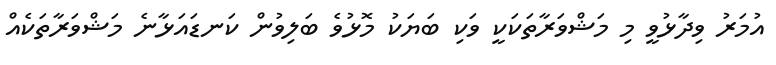
އުމަރު ވިދާޅުވީ މި މަޝްވަރާތަކަކީ ވަކި ބަޔަކު މޮޅުވެ ބަލިވުން ކަނޑައަޅާނެ މަޝްވަރާތަކެއް